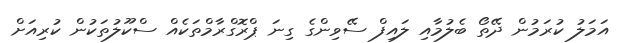
އަމަލު ކުރަމުން ދޭތޯ ބެލުމާއި ލައިފް ސޭވިންގެ ގިނަ ޕްރޮގްރާމްތަކެއް ސްކޫލުތަކުން ކުރިއަށް